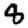
Digit: 8